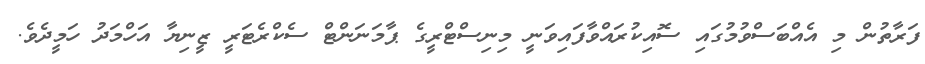
ފަރާތުން މި އެއްބަސްވުމުގައި ސޮއިކުރައްވާފައިވަނީ މިނިސްޓްރީގެ ޕާމަނަންޓް ސެކްރެެޓަރީ ޒީނިޔާ އަހްމަދު ހަމީދެވެ.